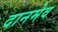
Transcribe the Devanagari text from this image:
दानमेव